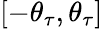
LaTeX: [-\theta_{\tau},\theta_{\tau}]